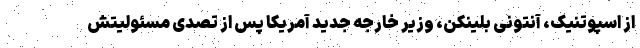
از اسپوتنیک، آنتونی بلینکن، وزیر خارجه جدید آمریکا پس از تصدی مسئولیتش